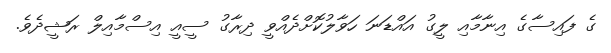
ގެ ފައިސާގެ އިނާމާއި ލީގު އައްޑަނަ ހަވާލުކޮށްދެއްވީ ދިރާގު ސީއީ އިސްމާއިލް ރަޝީދެވެ.